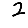
Digit: 2